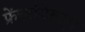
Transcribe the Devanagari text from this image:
फ्रेंचाविरुद्ध